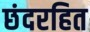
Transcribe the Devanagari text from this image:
छंदरहित